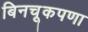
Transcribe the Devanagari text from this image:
बिनचूकपणा